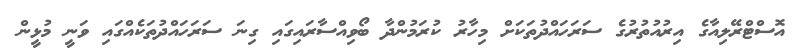
އޮސްޓްރޭލިއާގެ އިރުއުތުރުގެ ސަރަހައްދުތަކަށް މިހާރު ކުރަމުންދާ ބޯވިއްސާރައިގައި ގިނަ ސަރަހައްދުތަކެއްގައި ވަނީ މުޅީން